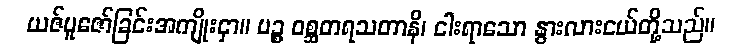
ယဇ်ပူဇော်ခြင်းအကျိုးငှာ။ ပဉ္စ ဝစ္ဆတရသတာနိ၊ ငါးရာသော နွားလားငယ်တို့သည်။